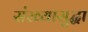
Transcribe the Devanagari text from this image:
संख्यासुद्धा